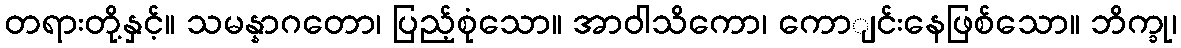
တရားတို့နှင့်။ သမန္နာဂတော၊ ပြည့်စုံသော။ အာဝါသိကော၊ ကောျင်းနေဖြစ်သော။ ဘိက္ခု၊